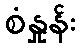
စံနှုန်း